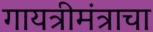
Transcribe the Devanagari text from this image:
गायत्रीमंत्राचा